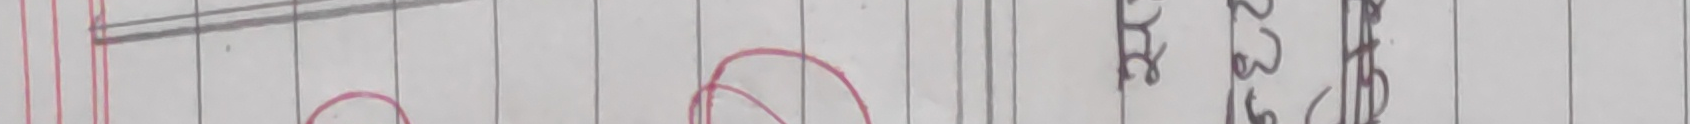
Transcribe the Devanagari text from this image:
हटाउछ ।